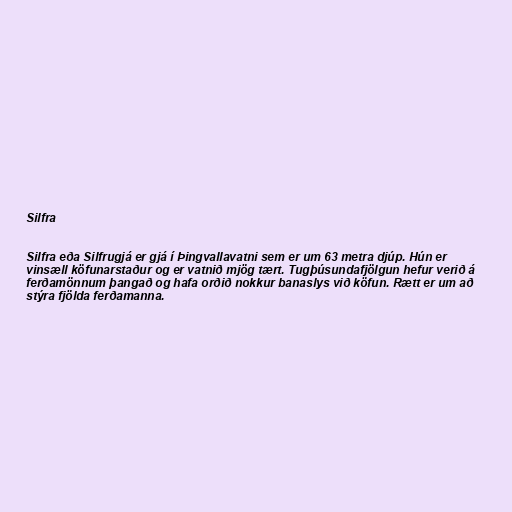
Silfra

Silfra eða Silfrugjá er gjá í Þingvallavatni sem er um 63 metra djúp. Hún er
vinsæll köfunarstaður og er vatnið mjög tært. Tugþúsundafjölgun hefur verið á
ferðamönnum þangað og hafa orðið nokkur banaslys við köfun. Rætt er um að
stýra fjölda ferðamanna.